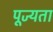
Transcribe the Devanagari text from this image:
पूज्यता